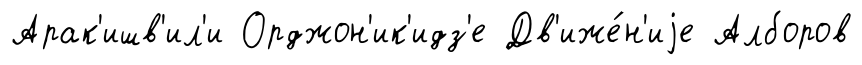
Арак'ишв'ил'и Орджон'ик'идз'е Дв'иже́н'иjе Алборов